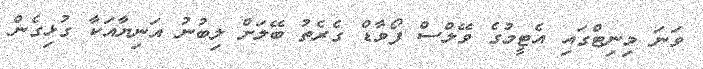
ވަނަ މިނިޓްގައި އެޓީމުގެ ވޭލްސް ފޯވާޑް ގެރެތު ބޭލަށް ލިބުނު އަނިޔާއަކާ ގުޅިގެން